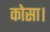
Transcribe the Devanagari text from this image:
कोसा।